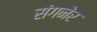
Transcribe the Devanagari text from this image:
संगनेर